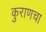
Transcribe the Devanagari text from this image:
कुराणचा